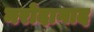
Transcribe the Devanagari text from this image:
मरोदागाद